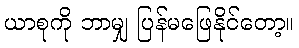
ယာစုကို ဘာမျှ ပြန်မဖြေနိုင်တော့။